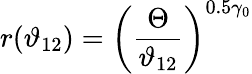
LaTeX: r(\vartheta_{12})=\left(\frac{\Theta}{\vartheta_{12}}\right)^{0.5\gamma_{0}}